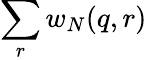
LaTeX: \sum_{r}w_{N}(q,r)